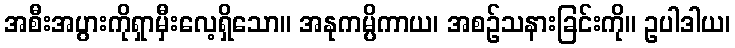
အစီးအပွားကိုရှာမှီးလေ့ရှိသော။ အနုကမ္ပိကာယ၊ အစဉ်သနားခြင်းကို။ ဥပါဒါယ၊